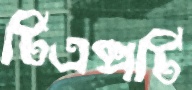
টিএক্সটি